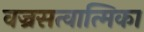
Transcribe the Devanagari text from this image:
वज्रसत्वात्मिका